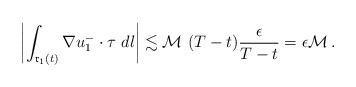
LaTeX: \begin{align*}\left|\int_{\mathfrak{r}_1(t)} \nabla u_1^-\cdot\tau\ dl\right|\lesssim {\mathcal{M}}\ (T-t) \frac{\epsilon}{T-t}=\epsilon {\mathcal{M}} \,.\end{align*}